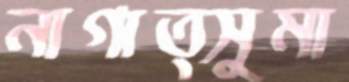
নাগাত্সুমা